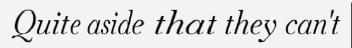
Quite aside that they can't